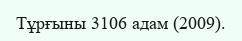
Тұрғыны 3106 адам (2009).